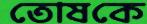
তোষকে